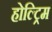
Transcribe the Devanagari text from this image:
होल्ट्रिम